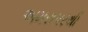
અમરાપરથી